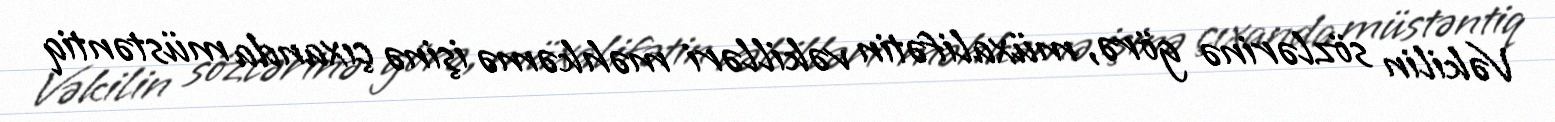
Vəkilin sözlərinə görə, müxalifətin vəkilləri məhkəmə işinə çıxanda müstəntiq